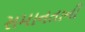
સમાનતાની